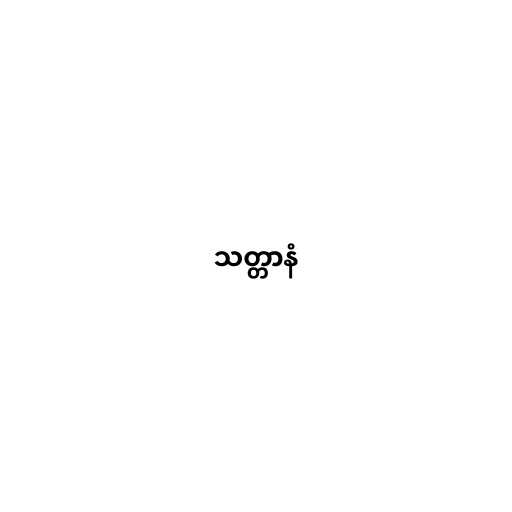
သတ္တာနံ